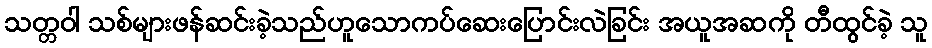
သတ္တဝါ သစ်များဖန်ဆင်းခဲ့သည်ဟူသောကပ်ဆေးပြောင်းလဲခြင်း အယူအဆကို တီထွင်ခဲ့ သူ